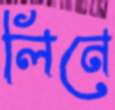
লিনে